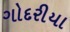
ગોદરીયા